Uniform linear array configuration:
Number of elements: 8
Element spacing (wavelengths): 0.25
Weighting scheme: hann
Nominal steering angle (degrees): -45
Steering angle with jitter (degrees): -43.608
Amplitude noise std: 0.05
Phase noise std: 0.05

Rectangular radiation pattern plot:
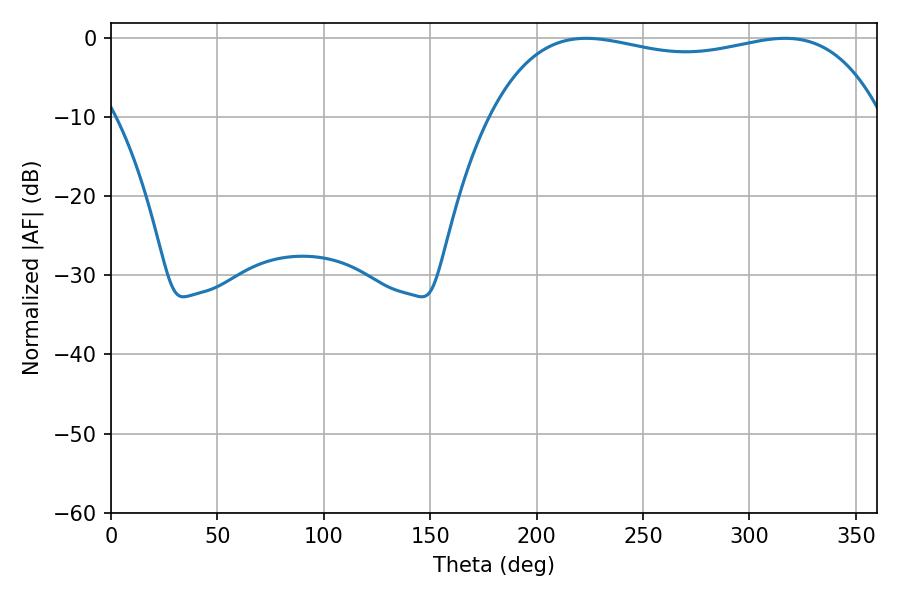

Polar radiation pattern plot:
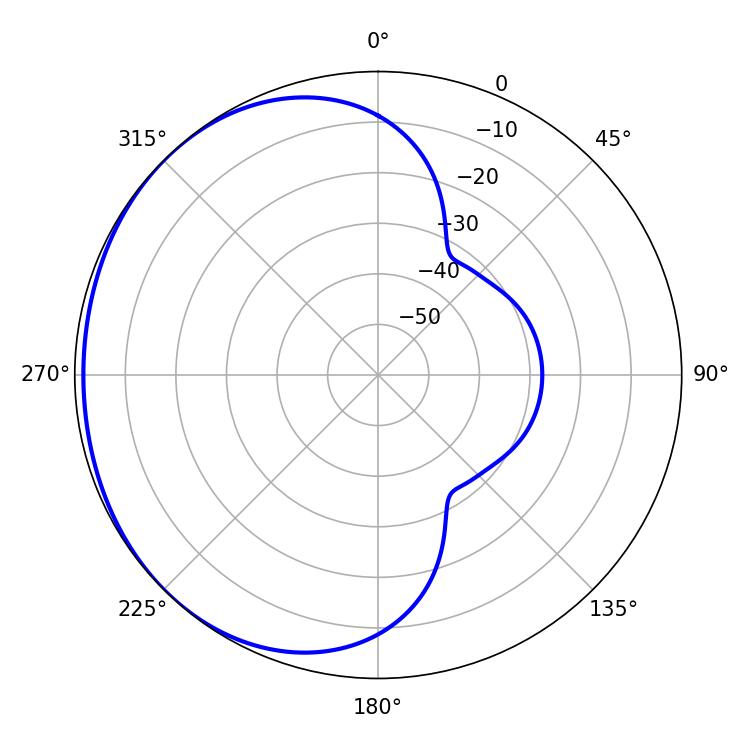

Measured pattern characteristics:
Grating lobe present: FALSE
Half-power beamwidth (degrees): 148.68
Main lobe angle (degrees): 223.2